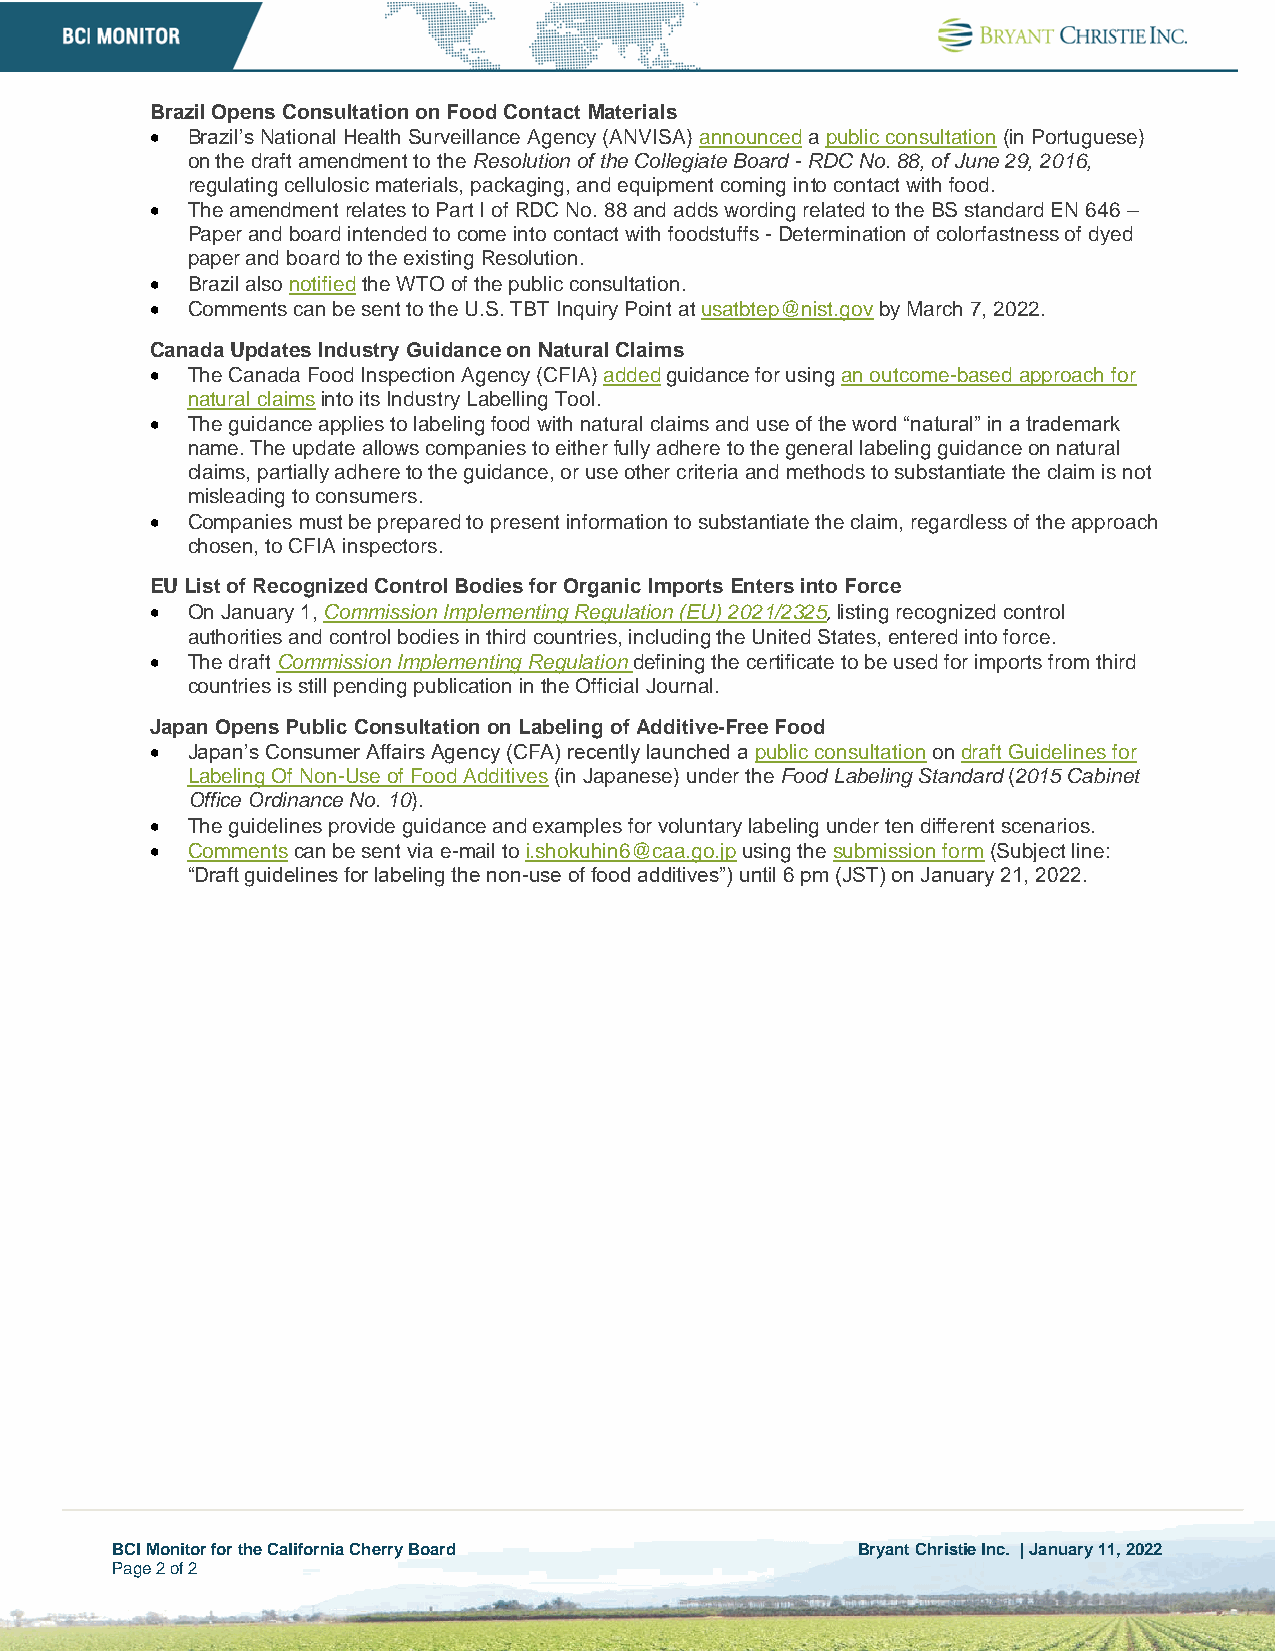
Brazil Opens Consultation on Food Contact Materials
 • Brazil’s National Health Surveillance Agency (ANVISA) announced a public consultation (in Portuguese)
 on the draft amendment to the Resolution of the Collegiate Board - RDC No. 88, of June 29, 2016,
 regulating cellulosic materials, packaging, and equipment coming into contact with food.
 • The amendment relates to Part I of RDC No. 88 and adds wording related to the BS standard EN 646 –
 Paper and board intended to come into contact with foodstuffs - Determination of colorfastness of dyed
 paper and board to the existing Resolution.
 • Brazil also notified the WTO of the public consultation.
 • Comments can be sent to the U.S. TBT Inquiry Point at usatbtep@nist.gov by March 7, 2022.
 Canada Updates Industry Guidance on Natural Claims
 • The Canada Food Inspection Agency (CFIA) added guidance for using an outcome-based approach for
 natural claims into its Industry Labelling Tool.
 • The guidance applies to labeling food with natural claims and use of the word “natural” in a trademark
 name. The update allows companies to either fully adhere to the general labeling guidance on natural
 claims, partially adhere to the guidance, or use other criteria and methods to substantiate the claim is not
 misleading to consumers.
 • Companies must be prepared to present information to substantiate the claim, regardless of the approach
 chosen, to CFIA inspectors.
 EU List of Recognized Control Bodies for Organic Imports Enters into Force
 • On January 1, Commission Implementing Regulation (EU) 2021/2325, listing recognized control
 authorities and control bodies in third countries, including the United States, entered into force.
 • The draft Commission Implementing Regulation defining the certificate to be used for imports from third
 countries is still pending publication in the Official Journal.
 Japan Opens Public Consultation on Labeling of Additive-Free Food
 • Japan’s Consumer Affairs Agency (CFA) recently launched a public consultation on draft Guidelines for
 Labeling Of Non-Use of Food Additives (in Japanese) under the Food Labeling Standard (2015 Cabinet
 Office Ordinance No. 10).
 • The guidelines provide guidance and examples for voluntary labeling under ten different scenarios.
 • Comments can be sent via e-mail to i.shokuhin6@caa.go.jp using the submission form (Subject line:
 “Draft guidelines for labeling the non-use of food additives”) until 6 pm (JST) on January 21, 2022.
 BCI Monitor for the California Cherry Board       Bryant Christie Inc. | January 11, 2022
 Page 2 of 2